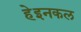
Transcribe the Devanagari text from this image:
हेइनकल